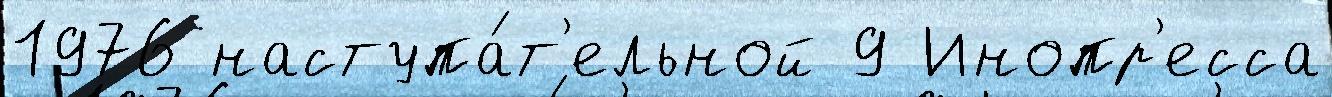
1976 наступа́т'ельной 9 Инопр'есса